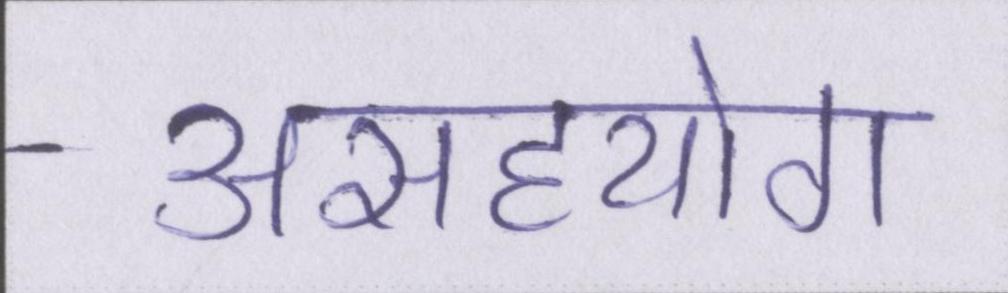
असहयोग